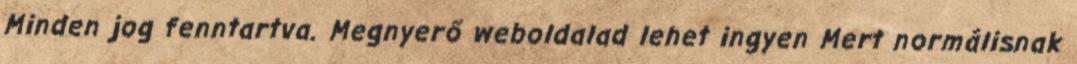
Minden jog fenntartva. Megnyerő weboldalad lehet ingyen Mert normálisnak